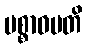
ပစ္စာဝမတိ